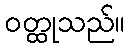
ဝတ္ထုသည်။